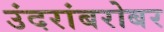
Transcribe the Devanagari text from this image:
उंदरांबरोबर